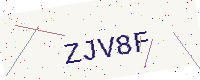
Text: ZJV8F